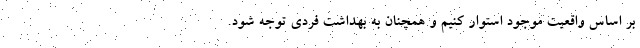
بر اساس واقعیت موجود استوار کنیم و همچنان به بهداشت فردی توجه شود.